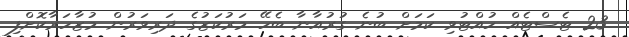
23 ޓެސްޓެއް ހުއްޓުވި ކަމަށް ބުނެ ގުރުއާނާ ބެހޭ މަރުކަޒުގެ ދަރިވަރުން މުޒާހަރާކޮށްފި